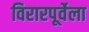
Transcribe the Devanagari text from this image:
विरारपूर्वेला